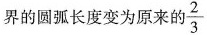
界的圆弧长度变为原来的\frac{2}{3}